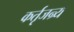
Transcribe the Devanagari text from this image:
कर्तृजन्र्य